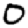
Digit: 0